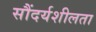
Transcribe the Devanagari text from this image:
सौंदर्यशीलता